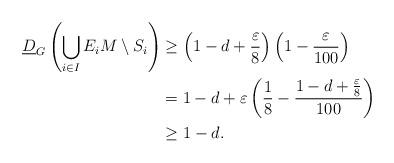
LaTeX: \begin{align*} \underline{D}_{G}\left( \bigcup_{i \in I} E_iM \setminus S_i \right) & \geq \left(1 - d + \frac{\varepsilon}{8} \right) \left(1-\frac{\varepsilon}{100}\right) \\ & = 1-d +\varepsilon\left( \frac{1}{8} - \frac{1-d+\frac{\varepsilon}{8}}{100} \right) \\ & \geq 1 - d. \end{align*}